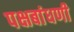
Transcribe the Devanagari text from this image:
पक्षबांधणी